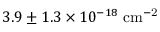
3 . 9 \pm 1 . 3 \times 1 0 ^ { - 1 8 } \; \mathrm { { c m ^ { - 2 } } }